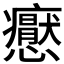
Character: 𭟢